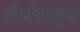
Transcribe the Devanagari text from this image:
तीर्थश्राद्ध